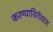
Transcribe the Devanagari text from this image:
करण्याविरोधात